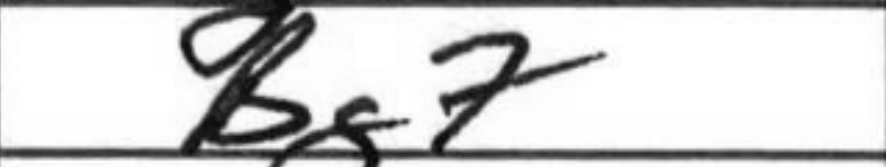
Transcription: Bg7